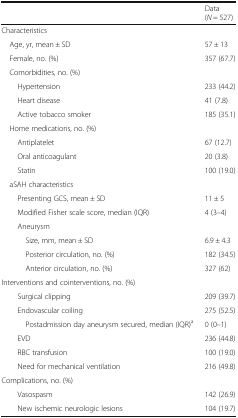
<table><thead><tr><td></td><td><b>Data (<i>N</i> = 527)</b></td></tr></thead><tbody><tr><td colspan="2">Characteristics</td></tr><tr><td> Age, yr, mean ± SD</td><td>57 ± 13</td></tr><tr><td> Female, no. (%)</td><td>357 (67.7)</td></tr><tr><td colspan="2"> Comorbidities, no. (%)</td></tr><tr><td>Hypertension</td><td>233 (44.2)</td></tr><tr><td>Heart disease</td><td>41 (7.8)</td></tr><tr><td>Active tobacco smoker</td><td>185 (35.1)</td></tr><tr><td colspan="2"> Home medications, no. (%)</td></tr><tr><td>Antiplatelet</td><td>67 (12.7)</td></tr><tr><td>Oral anticoagulant</td><td>20 (3.8)</td></tr><tr><td>Statin</td><td>100 (19.0)</td></tr><tr><td colspan="2"> aSAH characteristics</td></tr><tr><td>Presenting GCS, mean ± SD</td><td>11 ± 5</td></tr><tr><td>Modified Fisher scale score, median (IQR)</td><td>4 (3–4)</td></tr><tr><td colspan="2">Aneurysm</td></tr><tr><td>Size, mm, mean ± SD</td><td>6.9 ± 4.3</td></tr><tr><td>Posterior circulation, no. (%)</td><td>182 (34.5)</td></tr><tr><td>Anterior circulation, no. (%)</td><td>327 (62)</td></tr><tr><td colspan="2">Interventions and cointerventions, no. (%)</td></tr><tr><td>Surgical clipping</td><td>209 (39.7)</td></tr><tr><td>Endovascular coiling</td><td>275 (52.5)</td></tr><tr><td>Postadmission day aneurysm secured, median (IQR)<sup>a</sup></td><td>0 (0–1)</td></tr><tr><td>EVD</td><td>236 (44.8)</td></tr><tr><td>RBC transfusion</td><td>100 (19.0)</td></tr><tr><td>Need for mechanical ventilation</td><td>216 (49.8)</td></tr><tr><td colspan="2">Complications, no. (%)</td></tr><tr><td>Vasospasm</td><td>142 (26.9)</td></tr><tr><td>New ischemic neurologic lesions</td><td>104 (19.7)</td></tr></tbody></table>